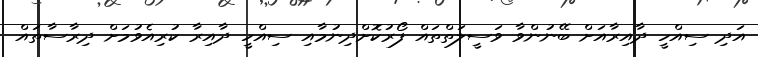
އަދި ސިއްހީ ދާއިރާއަށް ބޭނުންވާ ވަސީލަތްތައް ފޯރުކޮށްދިނުމާއި ސިއްހީ ދާއިރާ ކުރިއެވުމަށް ދިރާސާތައް